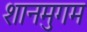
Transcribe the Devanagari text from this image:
शानमुगम